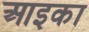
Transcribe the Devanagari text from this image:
आइका